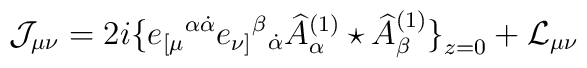
\mathcal{J}_{\mu\nu}  =  2i\big\{e_{[\mu}{}^{\alpha\dot\alpha} e_{\nu]}{}^\beta{}_{\dot\alpha} \widehat A^{(1)}_\alpha\star \widehat A^{(1)}_\beta \big\}_{z=0} + \mathcal{L}_{\mu\nu}